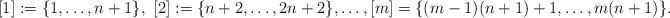
LaTeX: \begin{align*}[1]:=\{1,\ldots, n+1\}, \ [2]:=\{n+2, \ldots, 2n+2\}, \ldots, [m]=\{(m-1)\*(n+1)+1, \ldots, m\*(n+1)\}.\end{align*}